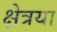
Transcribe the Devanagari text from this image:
क्षेत्रया